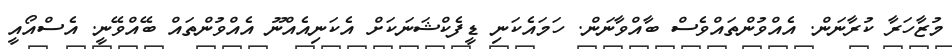
މުޒާހަރާ ކުރާނަން. އެއްވުންތައްވެސް ބާއްވާނަން. ހަމައެކަނި ޑީފެކްޝަނަކަށް އެކަނިއެއްނޫ އެއްވުންތައް ބޭއްވޭނީ. އެސްއޯއީ